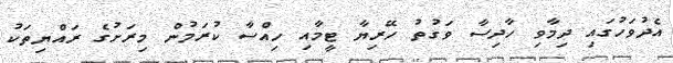
އެދުވަހުގައި ދިމާވި ހާދިސާ ވަގުތު ހޭރިޔާ ޓީމާއި ހިއްސާ ކުރަމުން މިރަށުގެ ރައްޔިތަކު